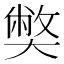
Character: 𡚁